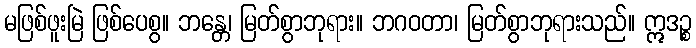
မဖြစ်ဖူးမြဲ ဖြစ်ပေစွ။ ဘန္တေ၊ မြတ်စွာဘုရား။ ဘဂဝတာ၊ မြတ်စွာဘုရားသည်။ ဣဒဉ္စ